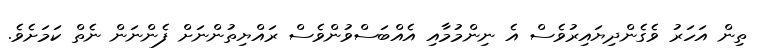
ތިން އަހަރު ވެގެންދިޔައިރުވެސް އެ ނިންމުމާއި އެއްބަަސްވުންވެސް ރައްޔިތުންނަށް ފެންނަން ނެތް ކަމަށެވެ.